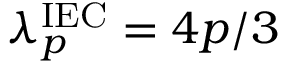
\lambda _ { p } ^ { \mathrm { I E C } } = 4 p / 3